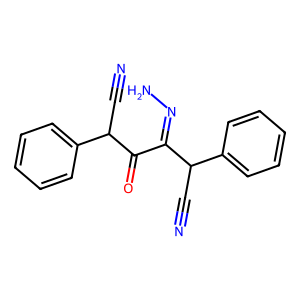
SMILES: N#CC(C(=O)C(=NN)C(C#N)c1ccccc1)c1ccccc1
Inhibits HIV replication: No